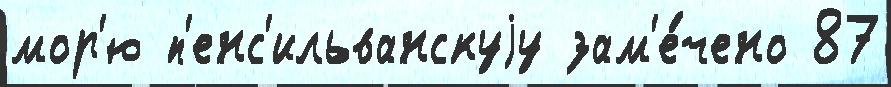
мор'ю п'енс'ильванскуjу зам'е́чено 87